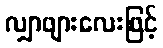
လျှာဖျားလေးဖြင့်